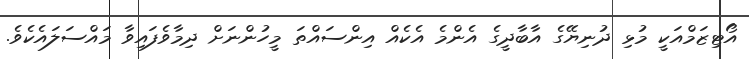
އޯޓިޒަމްއަކީ މުޅި ދުނިޔޭގެ އާބާދީގެ އެންމެ އެކެއް އިންސައްތަ މީހުންނަށް ދިމާވެފައިވާ މައްސަލައެކެވެ.